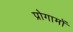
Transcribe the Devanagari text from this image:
प्रोगामों